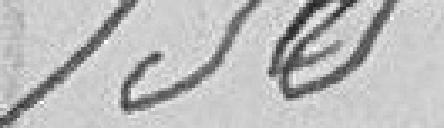
155